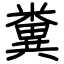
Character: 糞